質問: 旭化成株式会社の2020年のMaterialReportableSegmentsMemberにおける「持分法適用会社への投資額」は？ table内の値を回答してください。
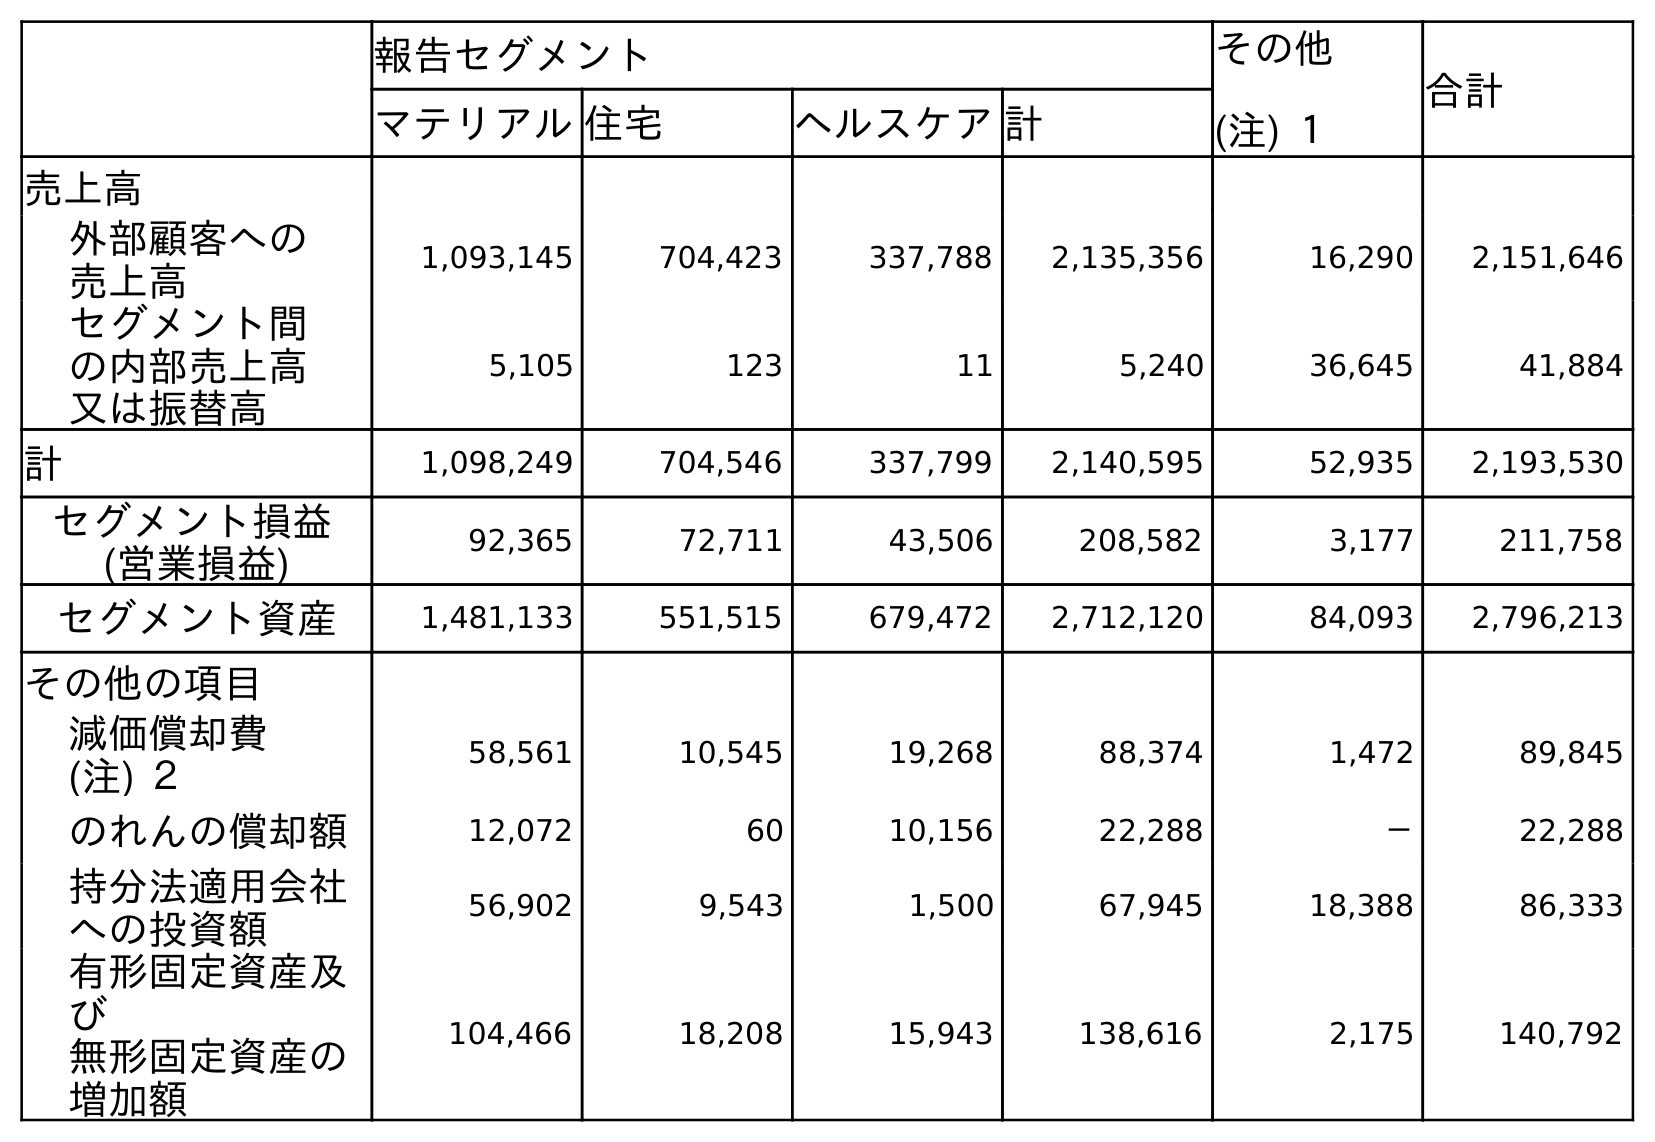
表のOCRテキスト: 報告セグメント その他 (注) １ 合計 マテリアル住宅 ヘルスケア計 売上高 外部顧客への 売上高 1,093,145 704,423 337,788 2,135,356 16,290 2,151,646 セグメント間 の内部売上高 又は振替高 5,105 123 11 5,240 36,645 41,884 計 1,098,249 704,546 337,799 2,140,595 52,935 2,193,530 セグメント損益 (営業損益) 92,365 72,711 43,506 208,582 3,177 211,758 セグメント資産 1,481,133 551,515 679,472 2,712,120 84,093 2,796,213 その他の項目 減価償却費 (注) ２ 58,561 10,545 19,268 88,374 1,472 89,845 のれんの償却額 12,072 60 10,156 22,288 － 22,288 持分法適用会社 への投資額 56,902 9,543 1,500 67,945 18,388 86,333 有形固定資産及 び 無形固定資産の 増加額 104,466 18,208 15,943 138,616 2,175 140,792
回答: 56,902